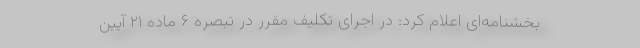
بخشنامه‌ای اعلام کرد: در اجرای تکلیف مقرر در تبصره ۶ ماده ۲۱ آیین